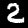
Label: 2